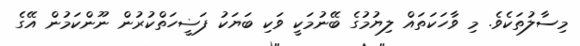
މިސާލުތަކެވެ. މި ވާހަކަތައް ލިޔުމުގެ ބޭނުމަކީ ވަކި ބަޔަކު ފަޟީހަތްކުރުން ނޫންކަމުން އޭގެ